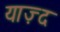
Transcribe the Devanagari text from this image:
याज़्द